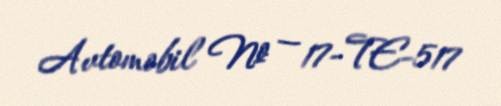
Avtomobil № — 17-TE-517